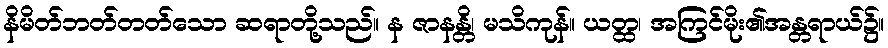
နိမိတ်ဘတ်တတ်သော ဆရာတို့သည်။ န ဇာနန္တိ၊ မသိကုန်။ ယတ္ထ၊ အကြင်မိုး၏အန္တရာယ်၌။